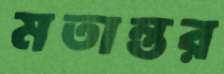
মতান্তর